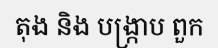
តុង និង បង្ក្រាប ពួក